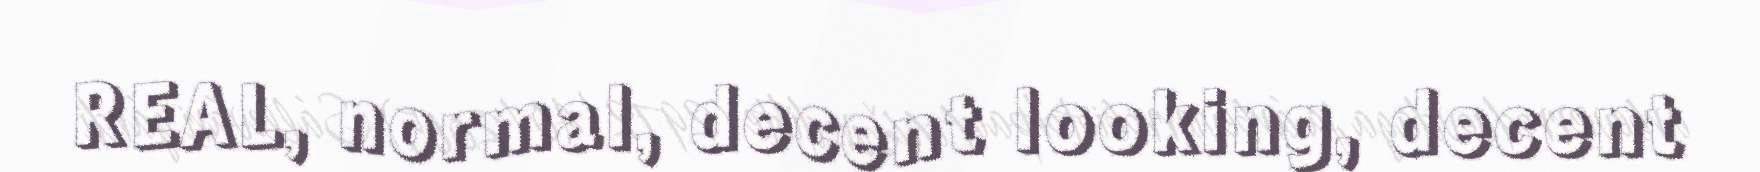
REAL, normal, decent looking, decent